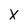
Character: X